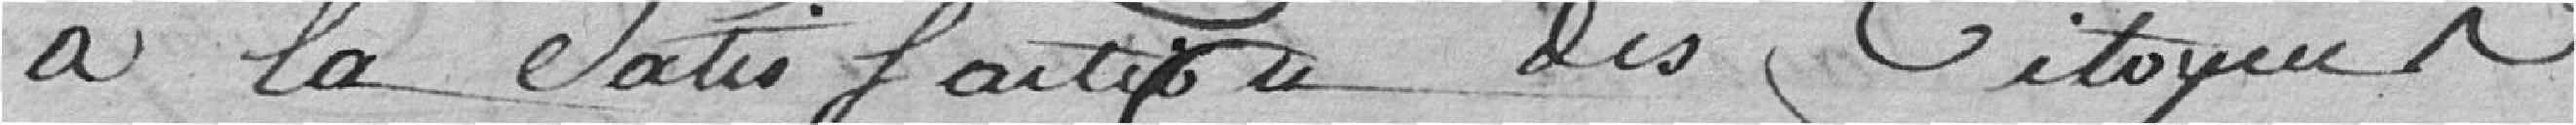
à la satisfaction des citoyens